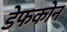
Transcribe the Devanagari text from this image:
डेफकोन